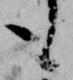
も